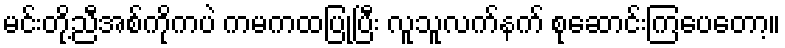
မင်းတို့ညီအစ်ကိုကပဲ ကမကထပြုပြီး လူသူလက်နက် စုဆောင်းကြပေတော့။